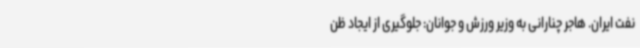
نفت ایران. هاجر چنارانی به وزیر ورزش و جوانان: جلوگیری از ایجاد ظن